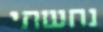
נחשתי